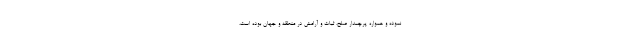
نموده و همواره پرچمدار صلح، ثبات و آرامش در منطقه و جهان بوده است،